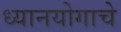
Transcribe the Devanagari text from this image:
ध्यानयोगाचे